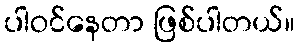
ပါဝင်နေတာ ဖြစ်ပါတယ်။